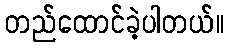
တည်ထောင်ခဲ့ပါတယ်။